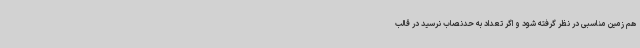
هم زمین مناسبی در نظر گرفته شود و اگر تعداد به حدنصاب نرسید در قالب